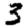
Digit: 3